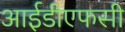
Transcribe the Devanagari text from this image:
आईडीएफसी